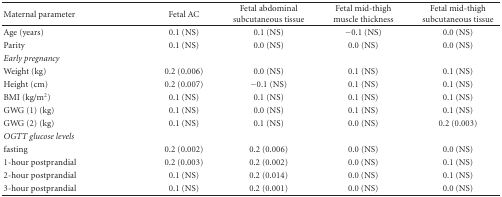
<table><thead><tr><td><b>Maternal parameter</b></td><td><b>Fetal AC</b></td><td><b>Fetal abdominal subcutaneous tissue</b></td><td><b>Fetal mid-thigh muscle thickness</b></td><td><b>Fetal mid-thigh subcutaneous tissue</b></td></tr></thead><tbody><tr><td>Age (years)</td><td>0.1 (NS)</td><td>0.1 (NS)</td><td>−0.1 (NS)</td><td>0.0 (NS)</td></tr><tr><td>Parity</td><td>0.1 (NS)</td><td>0.0 (NS)</td><td>0.0 (NS)</td><td>0.0 (NS)</td></tr><tr><td><i>Early pregnancy</i></td><td></td><td></td><td></td><td></td></tr><tr><td>Weight (kg)</td><td>0.2 (0.006)</td><td>0.0 (NS)</td><td>0.1 (NS)</td><td>0.1 (NS)</td></tr><tr><td>Height (cm)</td><td>0.2 (0.007)</td><td>−0.1 (NS)</td><td>0.1 (NS)</td><td>0.1 (NS)</td></tr><tr><td>BMI (Kg/m<sup>2</sup>)</td><td>0.1 (NS)</td><td>0.1 (NS)</td><td>0.1 (NS)</td><td>0.1 (NS)</td></tr><tr><td>GWG (1) (kg)</td><td>0.1 (NS)</td><td>0.0 (NS)</td><td>0.1 (NS)</td><td>0.1 (NS)</td></tr><tr><td>GWG (2) (kg)</td><td>0.1 (NS)</td><td>0.1 (NS)</td><td>0.0 (NS)</td><td>0.2 (0.003)</td></tr><tr><td><i>OGTT glucose levels </i></td><td></td><td></td><td></td><td></td></tr><tr><td>fasting</td><td>0.2 (0.002)</td><td>0.2 (0.006)</td><td>0.0 (NS)</td><td>0.0 (NS)</td></tr><tr><td>1-hour postprandial</td><td>0.2 (0.003)</td><td>0.2 (0.002)</td><td>0.0 (NS)</td><td>0.1 (NS)</td></tr><tr><td>2-hour postprandial</td><td>0.1 (NS)</td><td>0.2 (0.014)</td><td>0.0 (NS)</td><td>0.1 (NS)</td></tr><tr><td>3-hour postprandial</td><td>0.1 (NS)</td><td>0.2 (0.001)</td><td>0.0 (NS)</td><td>0.0 (NS)</td></tr></tbody></table>